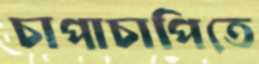
চাপাচাপিতে